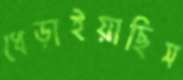
ধেড়াইয়াছিস